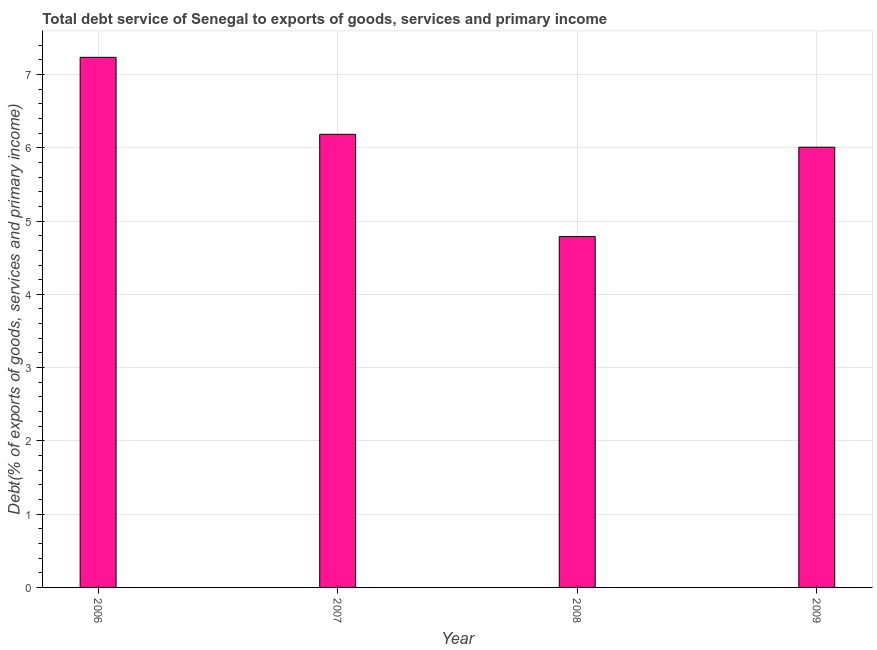
| Year | Total debt service |
 | --- | --- |
 | 2006 | 7.23 |
 | 2007 | 6.18 |
 | 2008 | 4.79 |
 | 2009 | 6.01 |